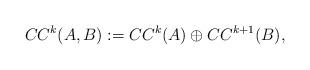
LaTeX: \begin{align*}CC^k(A,B):=CC^k(A)\oplus CC^{k+1}(B),\end{align*}